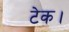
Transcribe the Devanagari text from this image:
टेक।